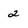
Character: 2